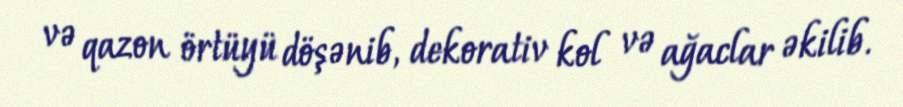
və qazon örtüyü döşənib, dekorativ kol və ağaclar əkilib.